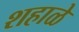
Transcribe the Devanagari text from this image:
शहाळे